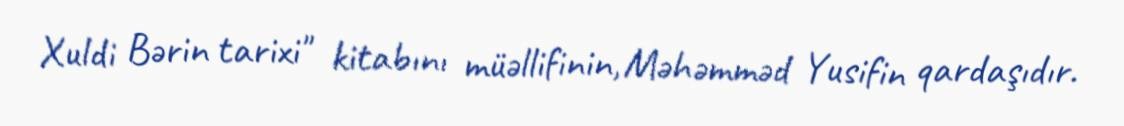
Xuldi Bərin tarixi" kitabını müəllifinin, Məhəmməd Yusifin qardaşıdır.